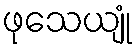
ဖုသေယျုံ